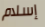
إسلام